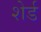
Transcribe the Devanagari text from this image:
शेर्ड